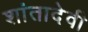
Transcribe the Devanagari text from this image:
शांतादेवी